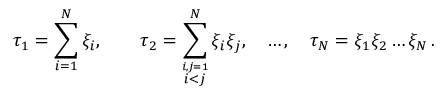
\tau _ { 1 } = \sum _ { i = 1 } ^ { N } \xi _ { i } , \qquad \tau _ { 2 } = \sum _ { \stackrel { i , j = 1 } { i < j } } ^ { N } \xi _ { i } \xi _ { j } , \quad \ldots , \quad \tau _ { N } = \xi _ { 1 } \xi _ { 2 } \ldots \xi _ { N } \, .